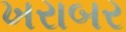
ખરાબર